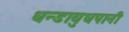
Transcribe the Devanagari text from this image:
धन्डायुधपानी